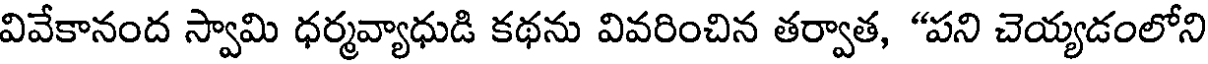
వివేకానంద స్వామి ధర్మవ్యాధుడి కథను వివరించిన తర్వాత, "పని చెయ్యడంలోని